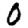
Digit: 0